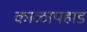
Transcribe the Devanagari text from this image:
काळापहाड